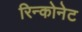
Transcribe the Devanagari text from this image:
रिन्कोनेट